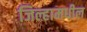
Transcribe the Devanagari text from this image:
जिल्हामधील